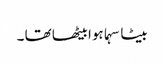
بیٹا سہما ہوا بیٹھا تھا ۔